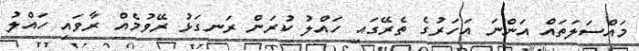
މައްސަލަތައް އަންނަ އަހަރުގެ ތެރޭގައި ހައްލު ކުރަން ރަނގަޅު ރޭވުމެއް ރާވައި ހައްލު